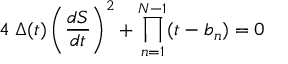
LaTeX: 4 \; \Delta ( t ) \left( { \frac { d S } { d t } } \right) ^ { 2 } + \prod _ { n = 1 } ^ { N - 1 } ( t - b _ { n } ) = 0